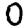
Digit: 0